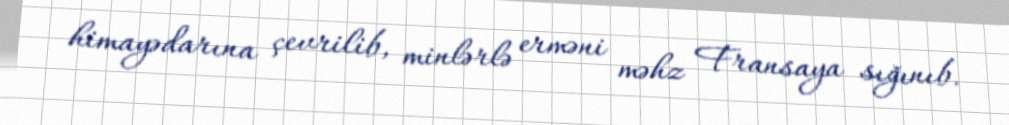
himayədarına çevrilib, minlərlə erməni məhz Fransaya sığınıb.